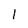
Character: 1